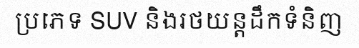
ប្រភេទ SUV និងរថយន្តដឹកទំនិញ